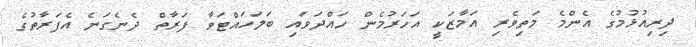
ދިރިއުޅުމުގެ އެންމެ މަތިވެރި އަމާޒަކީ އަހަރުމެން ހައްދަވައި ބަލަހައްޓަވާ ފަރާތް ދެނެގަނެ އެފަރާތުގެ